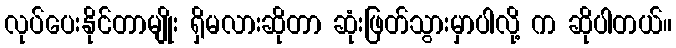
လုပ်ပေးနိုင်တာမျိုး ရှိမလားဆိုတာ ဆုံးဖြတ်သွားမှာပါလို့ က ဆိုပါတယ်။